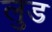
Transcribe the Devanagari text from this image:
लुड